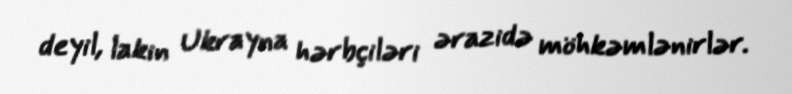
deyil, lakin Ukrayna hərbçiləri ərazidə möhkəmlənirlər.